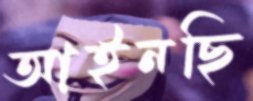
আইনছি